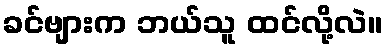
ခင်ဗျားက ဘယ်သူ ထင်လို့လဲ။